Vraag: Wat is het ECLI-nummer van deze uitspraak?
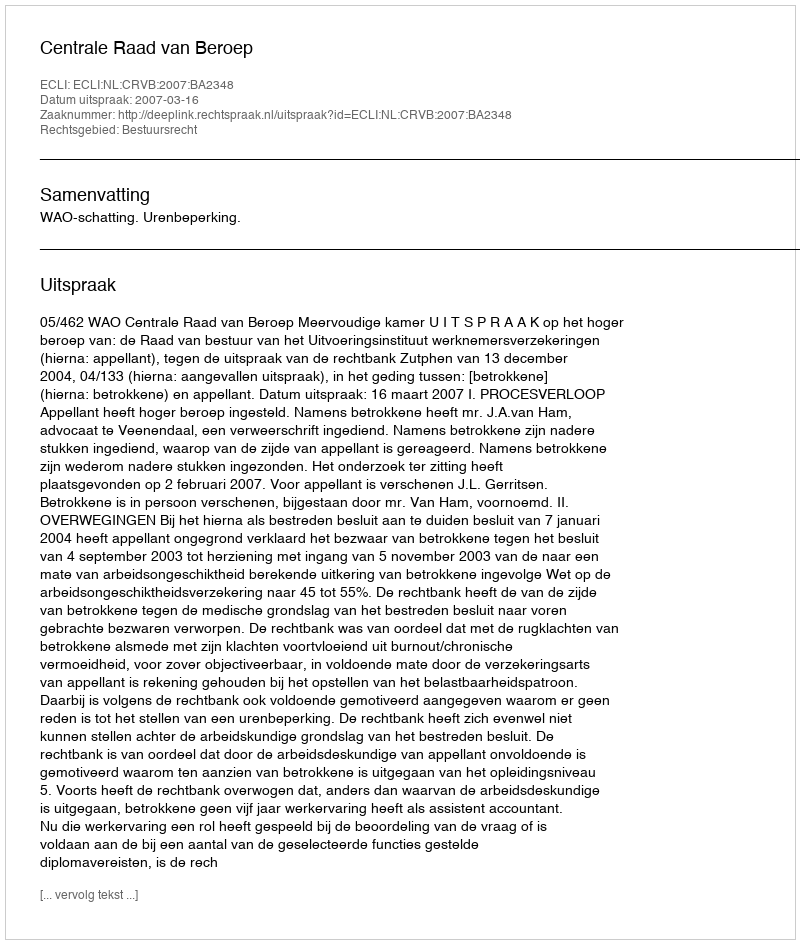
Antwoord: ECLI:NL:CRVB:2007:BA2348